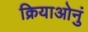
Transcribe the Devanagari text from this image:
क्रियाओनुं